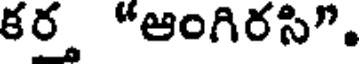
కర్త "ఆంగిరసి".